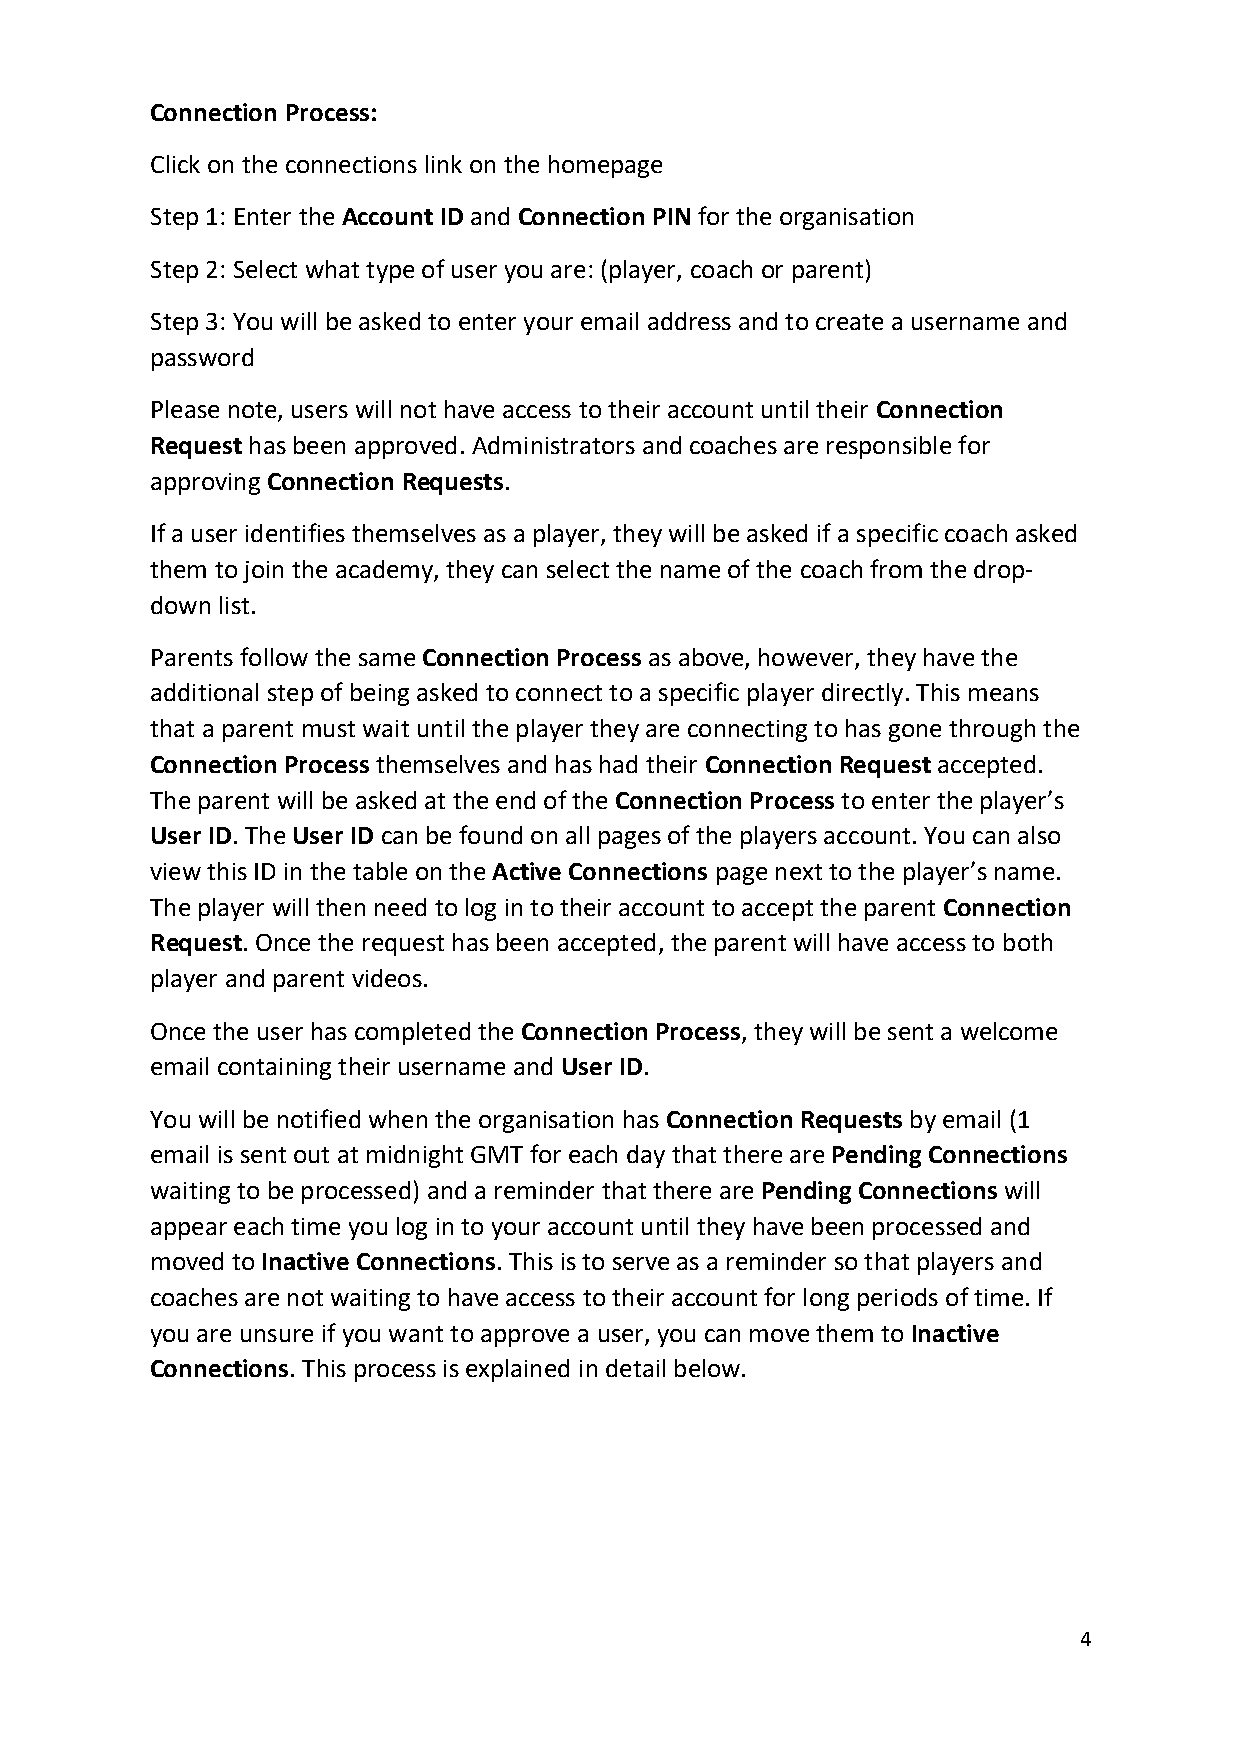
Connection Process:
 Click on the connections link on the homepage
 Step 1: Enter the Account ID and Connection PIN for the organisation
 Step 2: Select what type of user you are: (player, coach or parent)
 Step 3: You will be asked to enter your email address and to create a username and
 password
 Please note, users will not have access to their account until their Connection
 Request has been approved. Administrators and coaches are responsible for
 approving Connection Requests.
 If a user identifies themselves as a player, they will be asked if a specific coach asked
 them to join the academy, they can select the name of the coach from the drop-
 down list.
 Parents follow the same Connection Process as above, however, they have the
 additional step of being asked to connect to a specific player directly. This means
 that a parent must wait until the player they are connecting to has gone through the
 Connection Process themselves and has had their Connection Request accepted.
 The parent will be asked at the end of the Connection Process to enter the player’s
 User ID. The User ID can be found on all pages of the players account. You can also
 view this ID in the table on the Active Connections page next to the player’s name.
 The player will then need to log in to their account to accept the parent Connection
 Request. Once the request has been accepted, the parent will have access to both
 player and parent videos.
 Once the user has completed the Connection Process, they will be sent a welcome
 email containing their username and User ID.
 You will be notified when the organisation has Connection Requests by email (1
 email is sent out at midnight GMT for each day that there are Pending Connections
 waiting to be processed) and a reminder that there are Pending Connections will
 appear each time you log in to your account until they have been processed and
 moved to Inactive Connections. This is to serve as a reminder so that players and
 coaches are not waiting to have access to their account for long periods of time. If
 you are unsure if you want to approve a user, you can move them to Inactive
 Connections. This process is explained in detail below.
 4